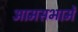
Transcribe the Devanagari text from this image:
आमसभामें